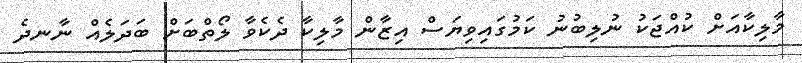
މާލިކާއަށް ކުއްޖަކު ނުލިބުނު ކަމުގައިވިޔަސް އިޒާން މާލިކާ ދެކެވާ ލޯތްބަށް ބަދަލެއް ނާނދެ